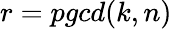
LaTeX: r=pgcd(k,n)